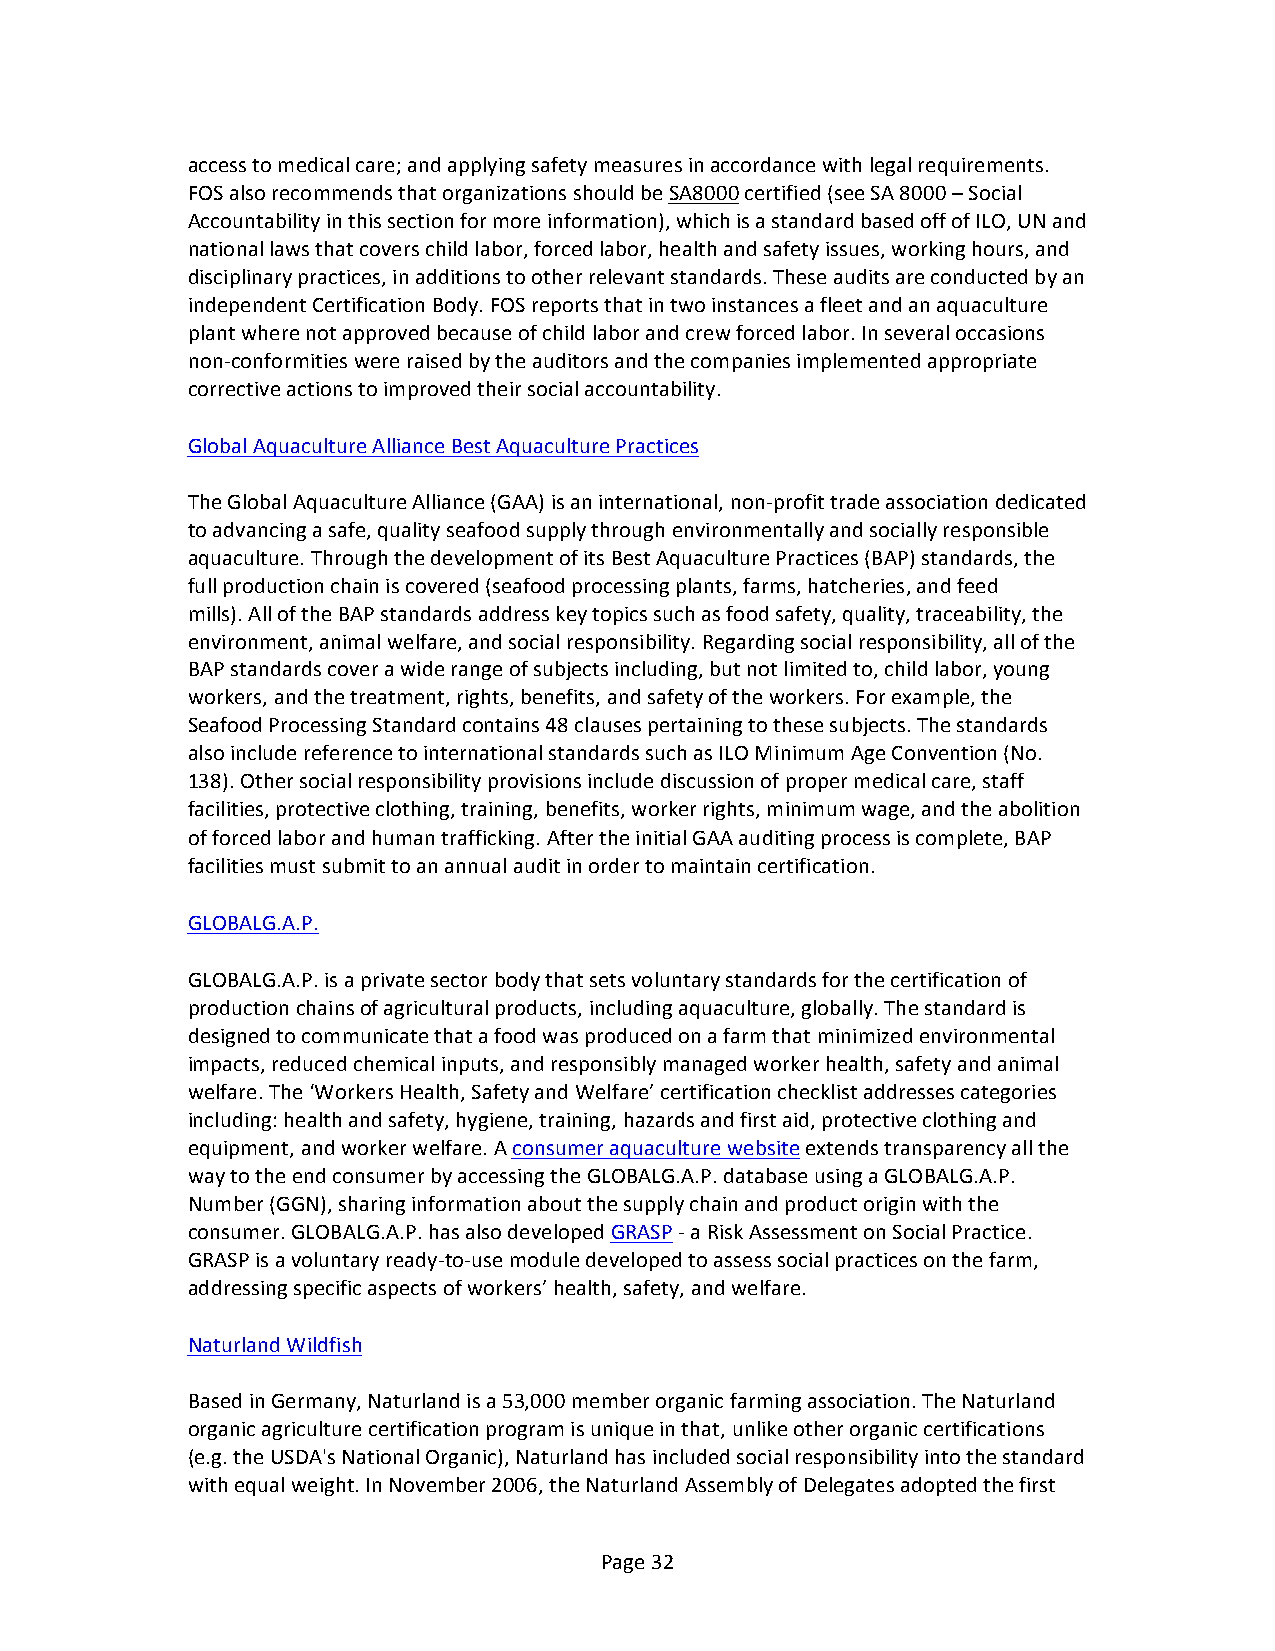
access to medical care; and applying safety measures in accordance with legal requirements.
 FOS also recommends that organizations should be SA8000 certified (see SA 8000 – Social
 Accountability in this section for more information), which is a standard based off of ILO, UN and
 national laws that covers child labor, forced labor, health and safety issues, working hours, and
 disciplinary practices, in additions to other relevant standards. These audits are conducted by an
 independent Certification Body. FOS reports that in two instances a fleet and an aquaculture
 plant where not approved because of child labor and crew forced labor. In several occasions
 non-­‐conformities were raised by the auditors and the companies implemented appropriate
 corrective actions to improved their social accountability.
 Global Aquaculture Alliance Best Aquaculture Practices
 The Global Aquaculture Alliance (GAA) is an international, non-­‐profit trade association dedicated
 to advancing a safe, quality seafood supply through environmentally and socially responsible
 aquaculture. Through the development of its Best Aquaculture Practices (BAP) standards, the
 full production chain is covered (seafood processing plants, farms, hatcheries, and feed
 mills). All of the BAP standards address key topics such as food safety, quality, traceability, the
 environment, animal welfare, and social responsibility. Regarding social responsibility, all of the
 BAP standards cover a wide range of subjects including, but not limited to, child labor, young
 workers, and the treatment, rights, benefits, and safety of the workers. For example, the
 Seafood Processing Standard contains 48 clauses pertaining to these subjects. The standards
 also include reference to international standards such as ILO Minimum Age Convention (No.
 138). Other social responsibility provisions include discussion of proper medical care, staff
 facilities, protective clothing, training, benefits, worker rights, minimum wage, and the abolition
 of forced labor and human trafficking. After the initial GAA auditing process is complete, BAP
 facilities must submit to an annual audit in order to maintain certification.
 GLOBALG.A.P.
 GLOBALG.A.P. is a private sector body that sets voluntary standards for the certification of
 production chains of agricultural products, including aquaculture, globally. The standard is
 designed to communicate that a food was produced on a farm that minimized environmental
 impacts, reduced chemical inputs, and responsibly managed worker health, safety and animal
 welfare. The ‘Workers Health, Safety and Welfare’ certification checklist addresses categories
 including: health and safety, hygiene, training, hazards and first aid, protective clothing and
 equipment, and worker welfare. A consumer aquaculture website extends transparency all the
 way to the end consumer by accessing the GLOBALG.A.P. database using a GLOBALG.A.P.
 Number (GGN), sharing information about the supply chain and product origin with the
 consumer. GLOBALG.A.P. has also developed GRASP -­‐ a Risk Assessment on Social Practice.
 GRASP is a voluntary ready-­‐to-­‐use module developed to assess social practices on the farm,
 addressing specific aspects of workers’ health, safety, and welfare.
 Naturland Wildfish
 Based in Germany, Naturland is a 53,000 member organic farming association. The Naturland
 organic agriculture certification program is unique in that, unlike other organic certifications
 (e.g. the USDA's National Organic), Naturland has included social responsibility into the standard
 with equal weight. In November 2006, the Naturland Assembly of Delegates adopted the first
 Page 32